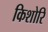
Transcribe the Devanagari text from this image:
किशोरि